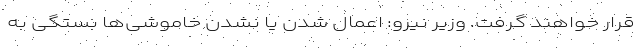
قرار خواهند گرفت. وزیر نیرو: اعمال شدن یا نشدن خاموشی‌ها بستگی به